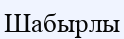
Шабырлы